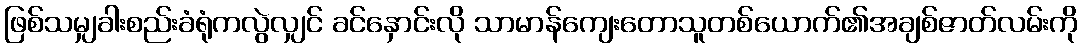
ဖြစ်သမျှခါးစည်းခံရုံကလွဲလျှင် ခင်နှောင်းလို သာမာန်ကျေးတောသူတစ်ယောက်၏အချစ်ဇာတ်လမ်းကို